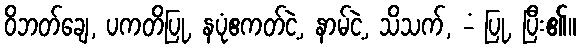
ဝိဘတ်ချေ, ပကတိပြု, နပုံဧကတ်ငဲ့, နာမ်ငဲ့, သိသက်, -ံ ပြု, ပြီး၏။